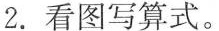
2.看图写算式。